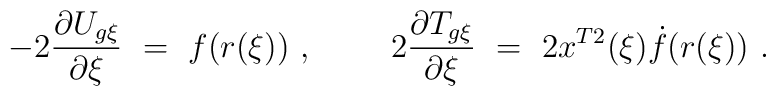
-2\frac{\partial U_{g\xi}}{\partial \xi}\ =\ f(r(\xi))\ ,\ \ \ \ \ \ \ \-2\frac{\partial T_{g\xi}}{\partial \xi}\ =\ 2x^{T2}(\xi)\dot f(r(\xi))\ .